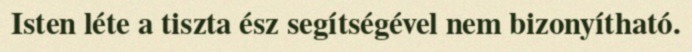
Isten léte a tiszta ész segítségével nem bizonyítható.